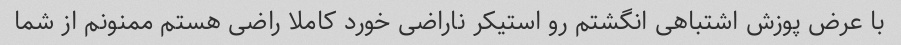
با عرض پوزش اشتباهی انگشتم رو استیکر ناراضی خورد کاملا راضی هستم ممنونم از شما